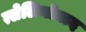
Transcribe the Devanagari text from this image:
त्सेलिनोग्राद